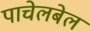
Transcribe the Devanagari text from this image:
पाचेलबेल